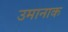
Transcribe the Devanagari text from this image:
उमानाक